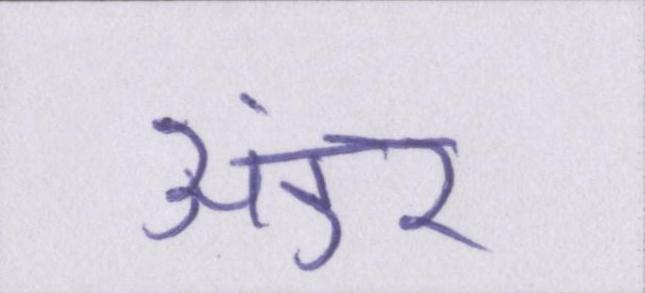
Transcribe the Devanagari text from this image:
अंडर